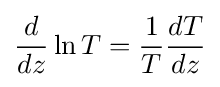
{\frac {d}{dz}}\ln {T}={\frac {1}{T}}{\frac {dT}{dz}}